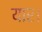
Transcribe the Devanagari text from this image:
यार।